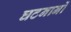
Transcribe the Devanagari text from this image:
घटनानों